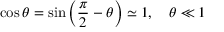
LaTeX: \cos \theta = \sin \left( { \frac { \pi } { 2 } } - \theta \right) \simeq 1 , \quad \theta \ll 1